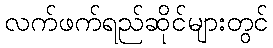
လက်ဖက်ရည်ဆိုင်များတွင်